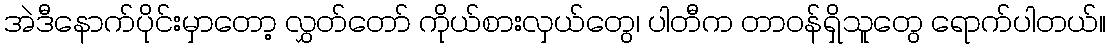
အဲဒီနောက်ပိုင်းမှာတော့ လွှတ်တော် ကိုယ်စားလှယ်တွေ၊ ပါတီက တာဝန်ရှိသူတွေ ရောက်ပါတယ်။